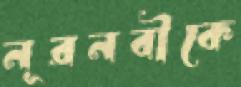
নূরনবীকে